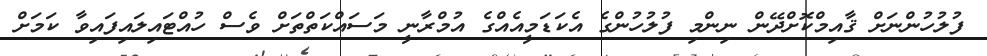
ފުލުހުންނަށް ޤާއިމްކޮށްދޭން ނިންމި ފުލުހުންގެ އެކަޑަމީއެއްގެ އުމްރާނީ މަސައްކަތްތަށް ވެސް ހުއްޓައިލައިފައިވާ ކަމަށް